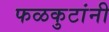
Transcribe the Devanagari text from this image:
फळकुटांनी